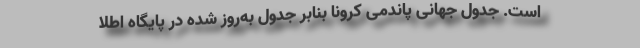
است. جدول جهانی پاندمی کرونا بنابر جدول به‌روز شده در پایگاه اطلا